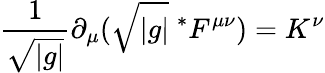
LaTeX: \frac{1}{\sqrt{|g|}}\partial_{\mu}(\sqrt{|g|}\ ^{*}F^{\mu\nu})=K^{\nu}